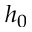
h _ { 0 }